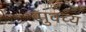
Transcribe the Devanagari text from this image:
सुवच्य